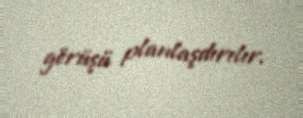
görüşü planlaşdırılır.